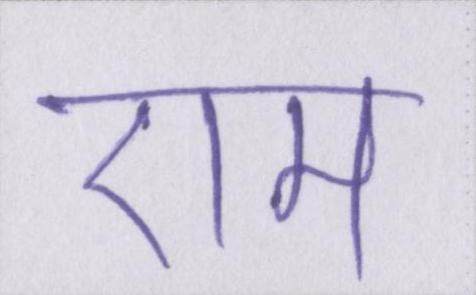
एम